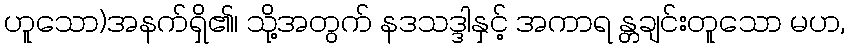
ဟူသော)အနက်ရှိ၏၊ သို့အတွက် နဒသဒ္ဒါနှင့် အကာရ န္တချင်းတူသော မဟ,